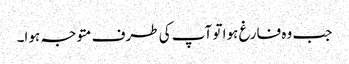
جب وہ فارغ ہوا تو آپ کی طرف متوجہ ہوا۔